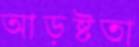
আড়ষ্টতা